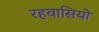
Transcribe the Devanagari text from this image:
रहवासियो